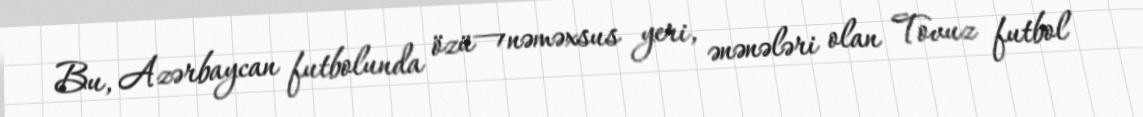
Bu, Azərbaycan futbolunda özü¬nəməxsus yeri, ənənələri olan Tovuz futbol